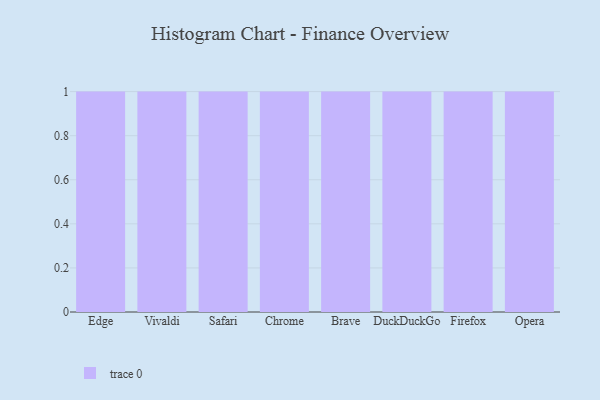
{"axis": {"x": "Browser", "y": "Bounce Rate (%)"}, "legend": [""], "data": [{"x": "Edge", "y": 52, "type": ""}, {"x": "Vivaldi", "y": 88, "type": ""}, {"x": "Safari", "y": 24, "type": ""}, {"x": "Chrome", "y": 83, "type": ""}, {"x": "Brave", "y": 6, "type": ""}, {"x": "DuckDuckGo", "y": 52, "type": ""}, {"x": "Firefox", "y": 64, "type": ""}, {"x": "Opera", "y": 90, "type": ""}]}